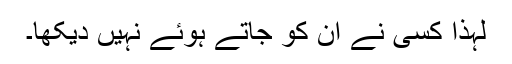
لہٰذا کسی نے ان کو جاتے ہوئے نہیں دیکھا۔